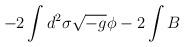
LaTeX: \begin{align*}-2\int d^2\sigma \sqrt{-g} \phi - 2\int B\end{align*}